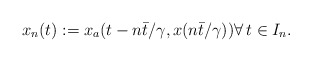
\begin{align*}x_n(t) :=x_a(t-n{\bar{t}}/{\gamma},x(n{\bar{t}}/{\gamma})) \forall \, t \in I_n.\end{align*}